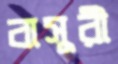
বাসুরী